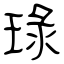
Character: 琭